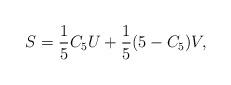
LaTeX: \begin{align*}S = \frac{1}{5}C_5U + \frac{1}{5}(5-C_5)V,\end{align*}